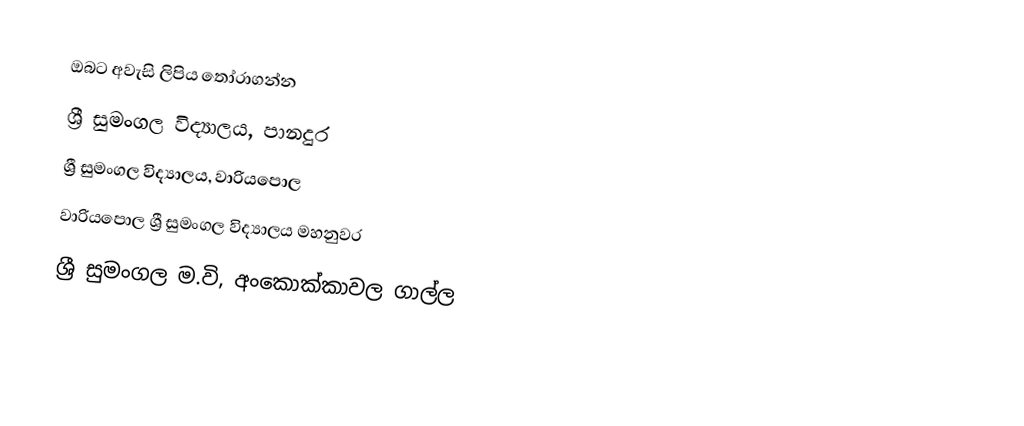
ඔබට අවැසි ලිපිය තෝරාගන්න
 ශ්‍රී සුමංගල විද්‍යාලය, පානදුර
 ශ්‍රී සුමංගල විද්‍යාලය, වාරියපොල
 වාරියපොල ශ්‍රී සුමංගල විද්‍යාලය මහනුවර
 ශ්‍රී සුමංගල ම.වි, අංකොක්කාවල ගාල්ල